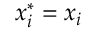
x _ { i } ^ { * } = x _ { i }